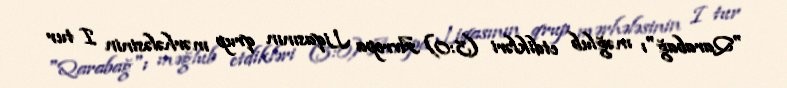
"Qarabağ"ı məğlub etdikləri (3:0) Avropa Liqasının qrup mərhələsinin I tur